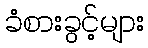
ခံစားခွင့်များ